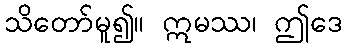
သိတော်မူ၍။ ဣမဿ၊ ဤဒေ